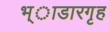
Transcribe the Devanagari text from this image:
भ्ाडारगृह